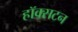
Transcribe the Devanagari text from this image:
हॉक्सटन